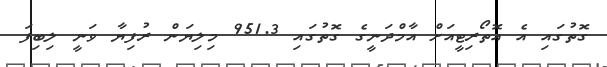
ގޮތުގައި އެ އޮތޯރިޓީއަށް އާމްދަނީގެ ގޮތުގައި 951.3 މިލިޔަން ރުފިޔާ ވަނީ ލިބިފަ